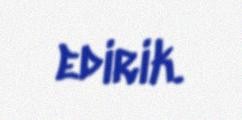
edirik.